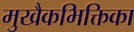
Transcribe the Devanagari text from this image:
मुखैकभिक्तिका